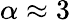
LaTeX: \alpha\approx 3